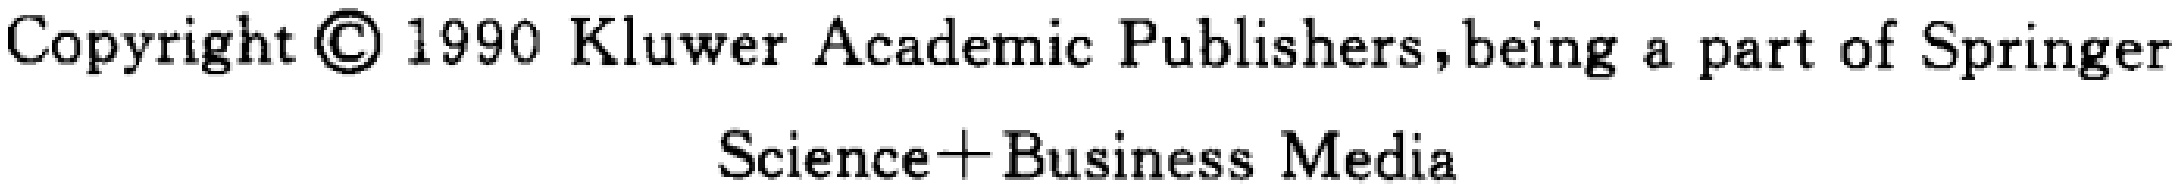
Copyright \textcircled{\textcopyright} 1990 Kluwer Academic Publishers, being a part of Springer Science+Business Media